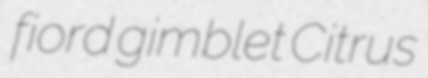
fiord gimblet Citrus